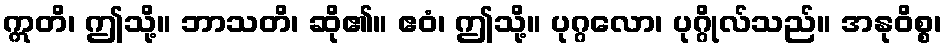
ဣတိ၊ ဤသို့။ ဘာသတိ၊ ဆို၏။ ဧဝံ၊ ဤသို့။ ပုဂ္ဂလော၊ ပုဂ္ဂိုလ်သည်။ အနုဝိစ္စ၊